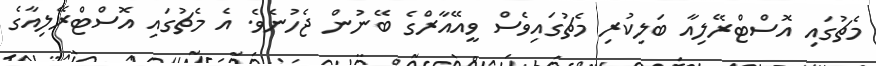
މެޗުގައި އޮސްޓްރޭލިއާ ބަލިކުރި މެޗުގައިވެސް ވީއޭއާރްގެ ބޭނުން ޖެހުނެވެ. އެ މެޗުގައި އޮސްޓްރޭލިއާގެ